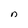
Character: n